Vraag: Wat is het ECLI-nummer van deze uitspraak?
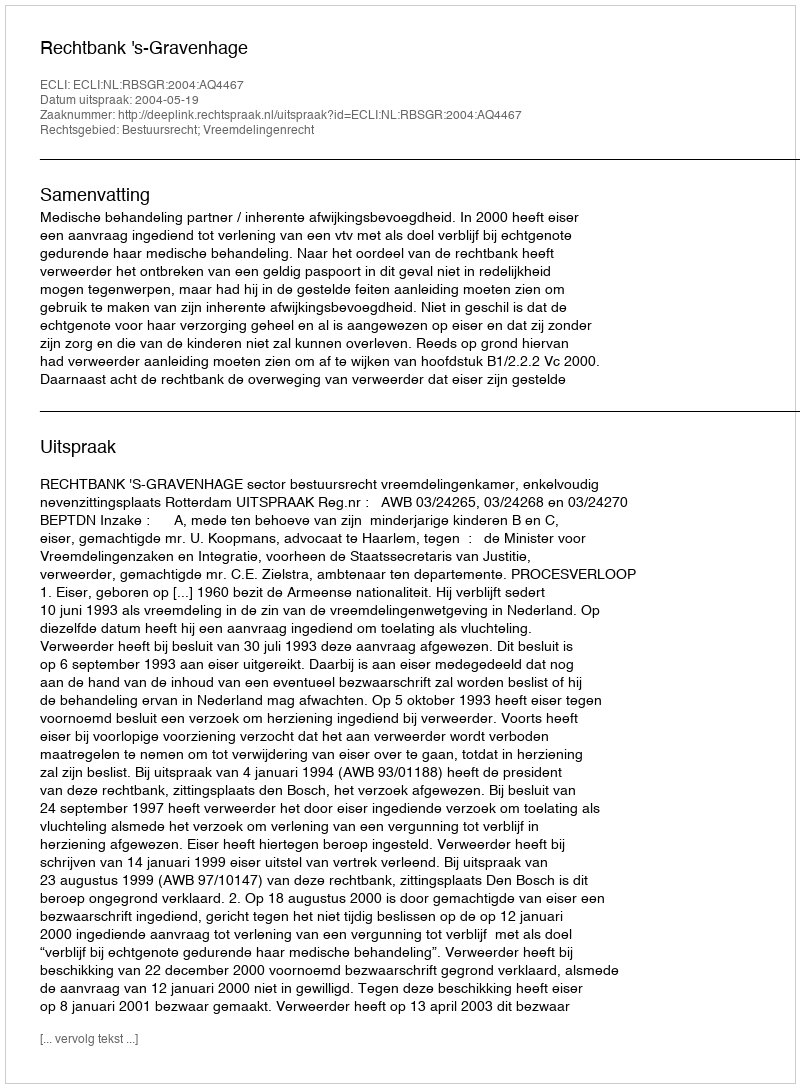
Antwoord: ECLI:NL:RBSGR:2004:AQ4467